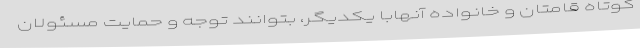
کوتاه قامتان و خانواده آنهابا یکدیگر، بتوانند توجه و حمایت مسئولان